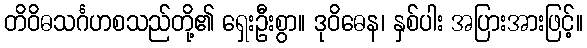
တိဝိဓသင်္ဂဟစသည်တို့၏ ရှေးဦးစွာ။ ဒုဝိဓေန၊ နှစ်ပါး အပြားအားဖြင့်။